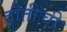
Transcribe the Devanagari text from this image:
दौतीची